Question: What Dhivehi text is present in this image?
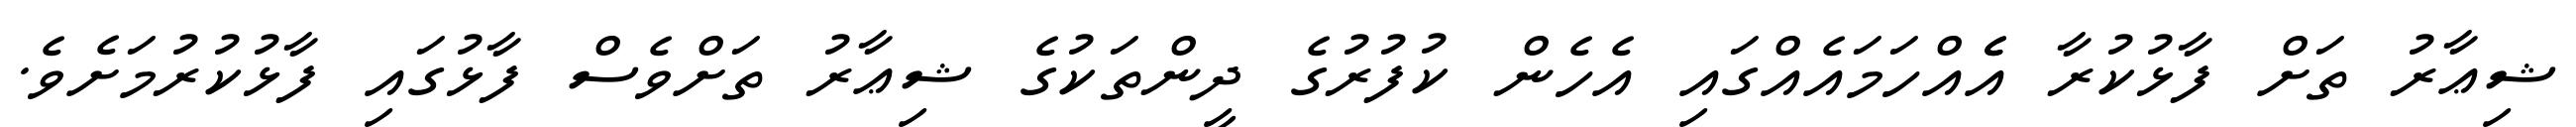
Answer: ޝިޢާރު ތަށް ފާޅުކުރާ އެެއްހަމައެއްގައި އެހެން ކުފުރުގެ ދީންތަކުގެ ޝިޢާރު ތަށްވެސް ފާޅުގައި ފާޅުކުރުމަށެވެ.